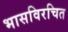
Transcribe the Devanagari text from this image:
भासविरचित